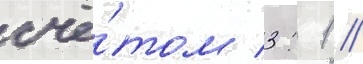
счё́том 3: 1 //